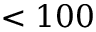
< 1 0 0